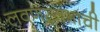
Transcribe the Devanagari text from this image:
लवणस्तंभाची